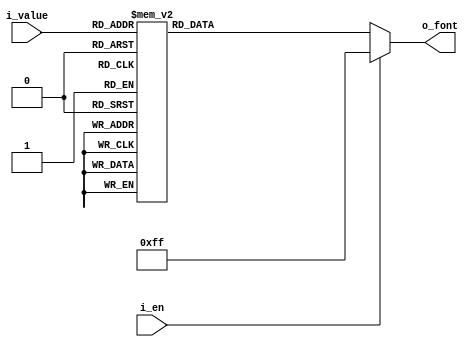
module BCDtoFNC_Decoder(
    input [3:0] i_value,
    input i_en,
    output [7:0] o_font
    );

    reg [7:0] r_font;
    
    assign o_font = r_font;

    always @(i_value or i_en) begin
        if (i_en) begin
            r_font = 8'hff;
        end
        else begin
            r_font = 8'hff;     //default value
            case (i_value)
                4'h0 : r_font = 8'hc0;  //0
                4'h1 : r_font = 8'hf9;  //1
                4'h2 : r_font = 8'ha4;  //2
                4'h3 : r_font = 8'hb0;  //3
                4'h4 : r_font = 8'h99;  //4
                4'h5 : r_font = 8'h92;  //5
                4'h6 : r_font = 8'h82;  //6
                4'h7 : r_font = 8'hf8;  //7
                4'h8 : r_font = 8'h80;  //8
                4'h9 : r_font = 8'h90;  //9
                4'ha : r_font = 8'h7f;  //dot
            endcase
        end
    end

endmodule